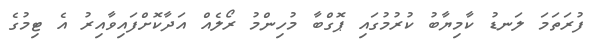
ފުރަތަމަ ލަނޑު ކާމިޔާބު ކުރުމުގައި ޕޮގްބާ މުހިންމު ރޯލެއް އަދާކޮށްފައިވާއިރު އެ ޓިމުގެ